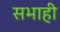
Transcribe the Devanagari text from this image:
सभाही